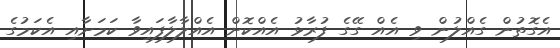
އެގޮތުން ގެއްލުން ވި އެއް ގޭގެ ފުރާޅު އެއްކޮށް އެއްލާލާފައިވާ ކަމަށާއި އެކަމުގެ